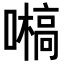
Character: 𡂀